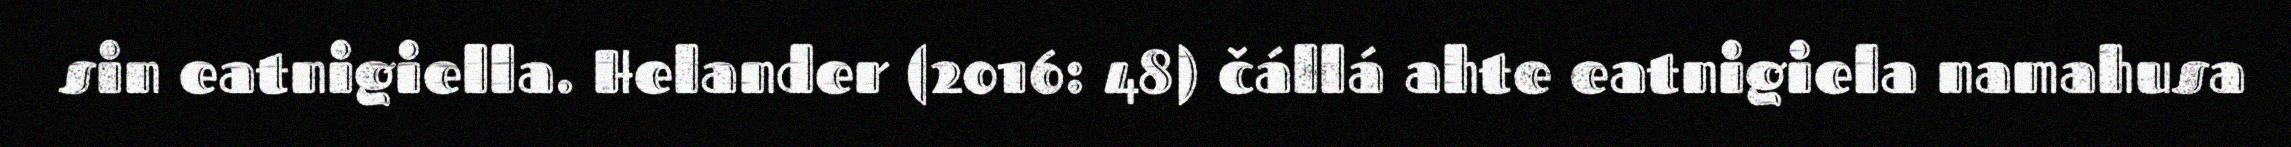
sin eatnigiella. Helander (2016: 48) čállá ahte eatnigiela namahusa